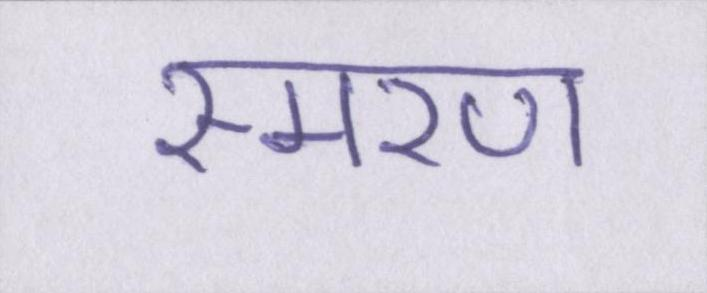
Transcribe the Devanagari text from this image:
स्मरण